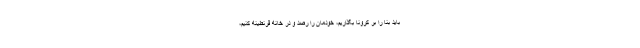
باید بنا را بر کرونا بگذاریم، خودمان را رصد و در خانه قرنطینه کنیم،